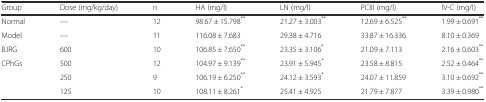
| Group | Dose (mg/kg/day) | n | HA (mg/l) | LN (mg/l) | PCIII (mg/l) | IV-C (mg/l) |
 | --- | --- | --- | --- | --- | --- | --- |
 | Normal | — | 12 | 98.67 ± 15.798** | 21.27 ± 3.003** | 12.69 ± 6.525** | 1.99 ± 0.691** |
 | Model | — | 11 | 116.08 ± 7.683 | 29.38 ± 4.716 | 33.87 ± 16.336 | 8.10 ± 0.369 |
 | BJRG | 600 | 10 | 106.85 ± 7.650** | 23.35 ± 3.106* | 21.09 ± 7.113 | 2.16 ± 0.603** |
 | CPhGs | 500 | 12 | 104.97 ± 9.139** | 23.91 ± 5.945* | 23.58 ± 8.815 | 2.52 ± 0.464** |
 |  | 250 | 9 | 106.19 ± 6.250** | 24.12 ± 3.593* | 24.07 ± 11.859 | 3.10 ± 0.692** |
 |  | 125 | 10 | 108.11 ± 8.261* | 25.41 ± 4.925 | 21.79 ± 7.877 | 3.39 ± 0.980** |